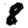
Digit: 8